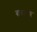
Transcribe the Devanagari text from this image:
बाबरपुत्र